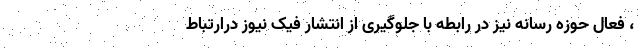
، فعال حوزه رسانه نیز در رابطه با جلوگیری از انتشار فیک نیوز درارتباط